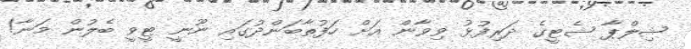
ޝިލްޕާ ޝެޓީގެ ދަރިފުޅު ވިވާން އަށް ހަފުތާބަންދުގައި ނޫނީ ޓީވީ ބެލުން މަނާ!